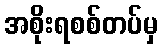
အစိုးရစစ်တပ်မှ